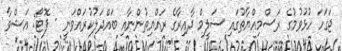
ޖަގަހަ ހުޅުވުމުގެ ރަސްމިއްޔާތުގައި ސަލީމް ދާއިރާގެ ރައްޔިތުންނާއި ބައްދަލުކުރައްވަނީ - ފޮޓޯ: އަޝްވާ